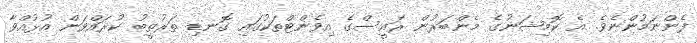
ފެންނަމުންނެވެ. އެ ކޮމިޝަނުގެ މެންބަރުން ރައީސްގެ އިވެންޓްތަކުގައި ގޮނޑި ތަރުތީބު ކުރައްވަން އުޅުއްވާ